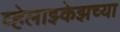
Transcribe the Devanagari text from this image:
व्हेलाझ्केझच्या